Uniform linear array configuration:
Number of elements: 8
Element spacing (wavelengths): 0.5
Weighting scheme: hamming
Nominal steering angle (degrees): -15
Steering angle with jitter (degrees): -14.166
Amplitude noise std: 0.05
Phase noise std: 0.05

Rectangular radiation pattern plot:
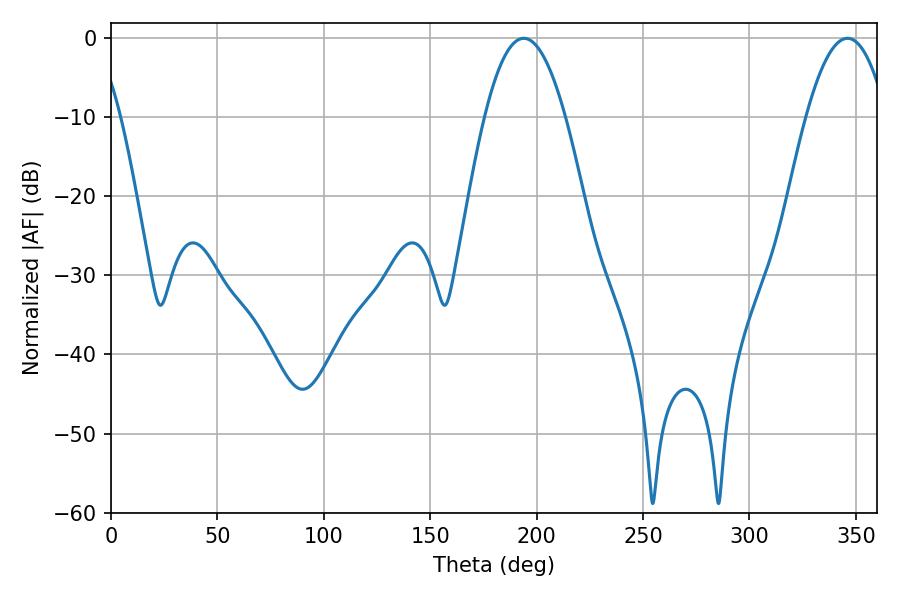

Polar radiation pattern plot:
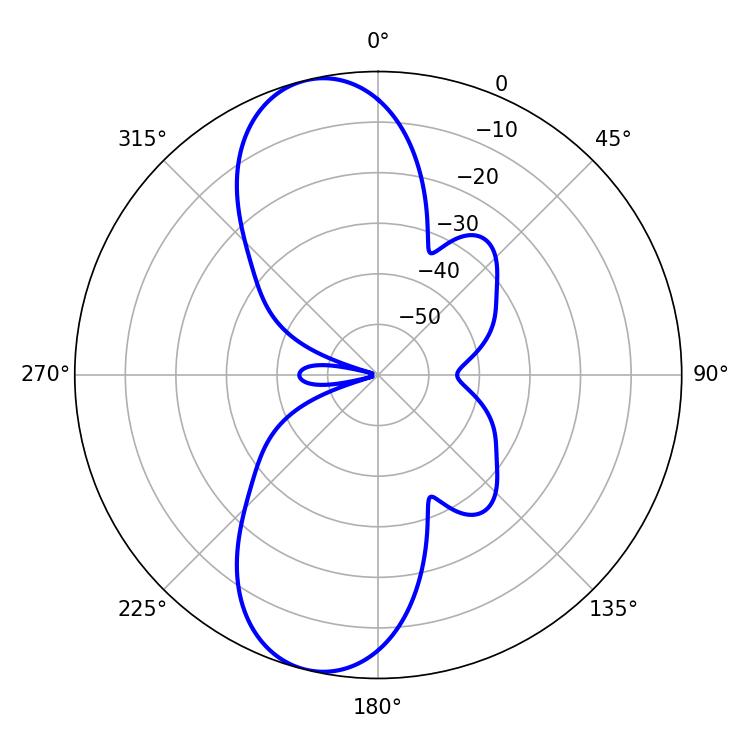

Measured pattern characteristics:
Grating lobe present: FALSE
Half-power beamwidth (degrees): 20.7
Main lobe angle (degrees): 193.86